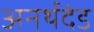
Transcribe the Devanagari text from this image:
अनर्थदंड